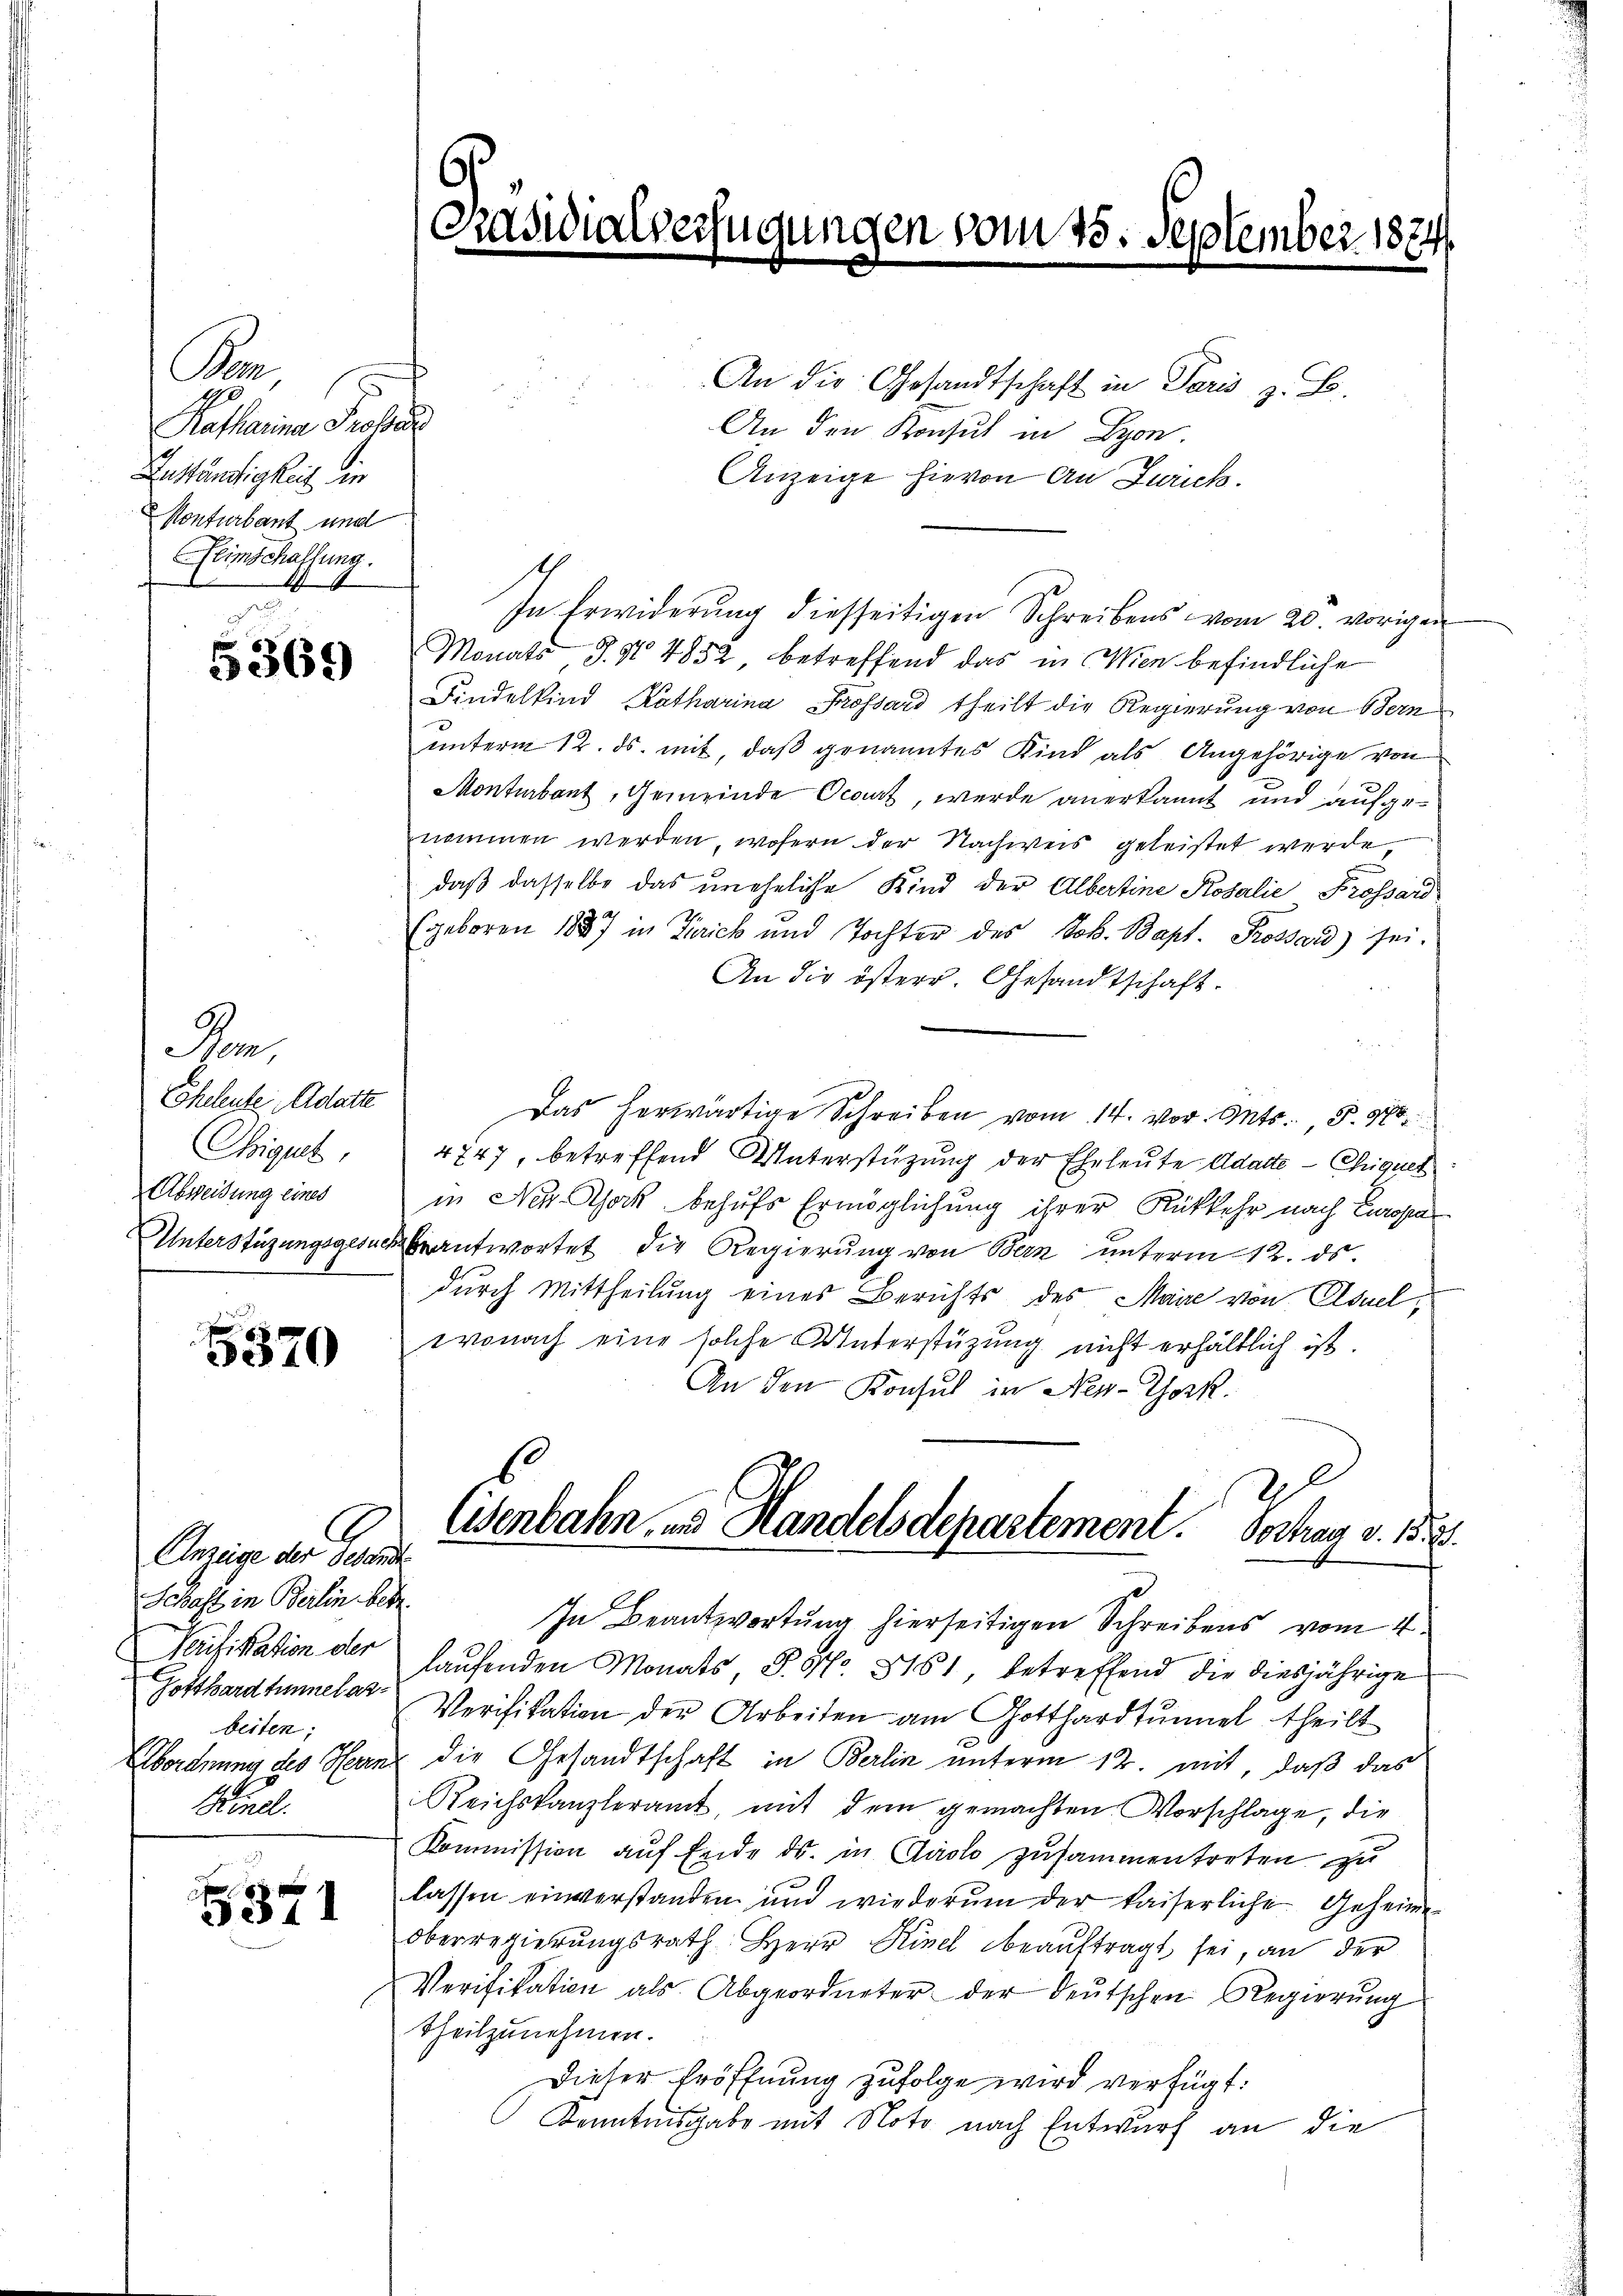
Se
3
.
Ratharina Profe
Zuständigkeit die
Konturbant und
Eeinschaffung.

5369

m
Eheleute Adatte
Chigut,
Abweisung eines
Unterstüzungsgesuch

5370

Anzeige der Petente
Schaft in Berlin betr.
Verifikation der
Gotthardtunnelasbeiten;
Finel.

5371

An die Gesandtschaft in Paris z. B.
An den Konsul in Lyon.
Anzeige hievon An Zürich.
In Erwiderung diesseitigen Schreibens vom 20. vorigen
Monats, S. Nr. 4852 betreffend das in Wien befindliche
Findelkind Katharina Frossard theilt die Regierung von Bern
unterm 12. ds. mit, daß genanntes Kind als Angehörige von
Monturbant, Gemeinde Ocarz, werde anerkannt und aufgenommen werden, wofern der Nachweis geleistet werde,
daß dasselbe das uneheliche Kind der Albertine Kosalie Prossard
Egeboren 1887 in Zürich und Tochter des Job. Bapt. Prossard) sei.
An die österr. Gesandtschaft.
Das herwärtige Schreiben vom 14. vor. Mts. S. 980
4747, betreffend Unterstüzung der Eheleute Adacte — Chiques
in Nez. Stock behufs Ermöglichung ihrer Rückkehr nach Europa
beantwortet die Regierung von Bern unterm 12. ds.
durch Mittheilung eines Berichts des Maire von Asuelwonach eine solche Unterstüzung nicht erhältlich ist.
An den Konsul in New-York.
2
Eisenbahn, und Handelsdepartement. Vortrag v. 1588.
In Beantwortung hierseitigen Schreibens vom 4.
laufenden Monats, P. Nr. 8161 betreffend die diesjährige
Verifikation der Arbeiten am Gotthardtunnel theilt
Abordnung des Herrn die Gesandtschaft in Berlin unterm 12. mit, daß das
Reichskanzleramt, mit dem gemachten Vorschlage, die
Kommission auf Ende ds. in Carolo zusammentreten zu
lassen einverstanden und wiederum der kaiserliche Geheim¬
Oberregierŭngsrath Herr Kinel beaŭftragt sei, an der
Verifikation als Abgeordneter der deutschen Regierung
theilzunehmen.
Dieser Eröffnung zufolge wird verfügt:
Kenntnisgabe mit Noto nach Entwurf an die

igung

sen vom 15. September 187.